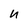
Character: n